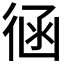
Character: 𢔈